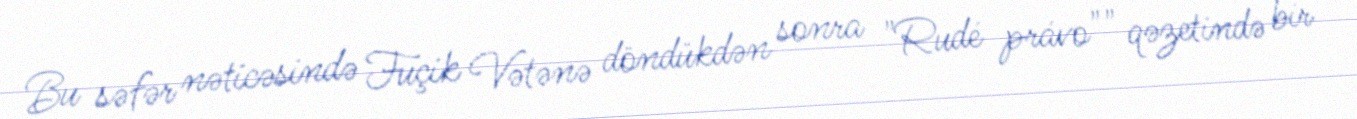
Bu səfər nəticəsində Fuçik Vətənə döndükdən sonra "Rudé právo"" qəzetində bir